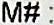
M# :